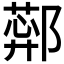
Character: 𬪑